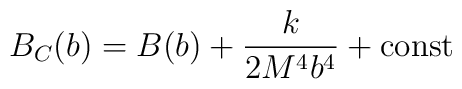
B_C(b) = B(b) + \frac{k}{2 M^4 b^4} + {\rm const}